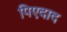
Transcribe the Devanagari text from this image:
पिएदाद